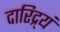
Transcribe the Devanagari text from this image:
दारिद्र्यं